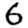
Digit: 6